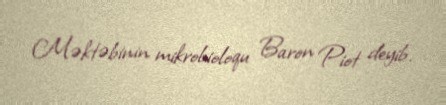
Məktəbinin mikrobioloqu Baron Piot deyib.